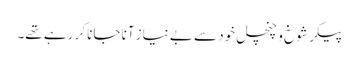
پیکر شوخ و چنچل خود سے بے نیاز آنا جانا کر رہے تھے۔